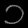
Digit: ၁